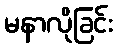
မနာလိုခြင်း